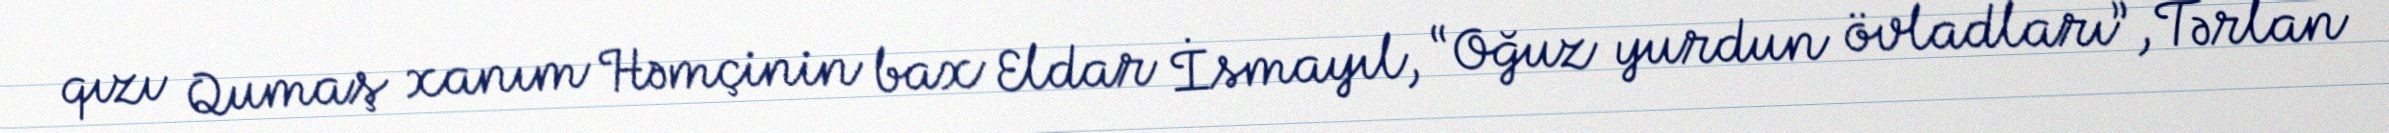
qızı Qumaş xanım Həmçinin bax Eldar İsmayıl, “Oğuz yurdun övladları”, Tərlan